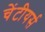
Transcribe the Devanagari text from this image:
चेंटीयर्स